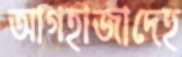
আগহাজাদেহ